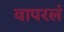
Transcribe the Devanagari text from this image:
वापरलं